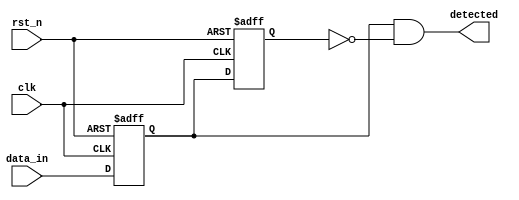
module dual_ff_detector (
    input wire clk,          // Clock input
    input wire rst_n,       // Asynchronous reset (active low)
    input wire data_in,     // Input data stream
    output reg detected      // Output signal indicating detection
);

// Internal signals for flip-flop outputs
reg ff1, ff2;

// Sequential logic: Dual D-type flip-flops
always @(posedge clk or negedge rst_n) begin
    if (!rst_n) begin
        ff1 <= 1'b0;        // Initialize FF1 to 0 on reset
        ff2 <= 1'b0;        // Initialize FF2 to 0 on reset
    end else begin
        ff1 <= data_in;     // Sample data_in on clock edge
        ff2 <= ff1;         // Propagate FF1 output to FF2
    end
end

// Combinational logic to detect specific condition
always @(*) begin
    // Example detection logic: Detect rising edge
    detected = (ff1 == 1'b1 && ff2 == 1'b0); // Change condition as needed
end

endmodule